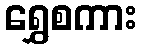
ရွှေစကား